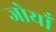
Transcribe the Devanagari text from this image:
जोयाँ